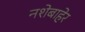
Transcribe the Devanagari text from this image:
नशेबाहेर